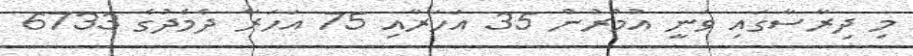
މި ދިރާސާގައި ވަނީ އުމުރުން 35 އަހަރާއި 75 އަހަރާ ދެމެދުގެ 6733